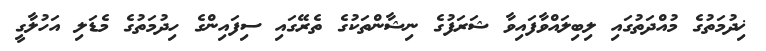
ޚިދުމަތުގެ މުއްދަތުގައި ލިބިލައްވާފައިވާ ޝަރަފުގެ ނިޝާންތަކުގެ ތެރޭގައި ސިފައިންގެ ހިދުމަތުގެ މެޑަލި އަހުލާގީ